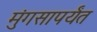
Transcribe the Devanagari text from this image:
मुंगसापर्यंत